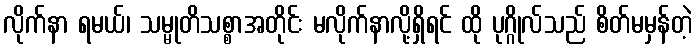
လိုက်နာ ရမယ်၊ သမ္မုတိသစ္စာအတိုင်း မလိုက်နာလို့ရှိရင် ထို ပုဂ္ဂိုလ်သည် စိတ်မမှန်တဲ့